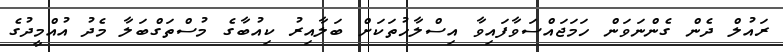
ރައުލް ދެން ގެންނަވަން ހަމަޖައްސަވާފައިވާ އިސްލާހުތަކަށް ބަލާއިރު ކިއުބާގެ މުސްތަގްބަލާ މެދު އުއްމީދުގެ